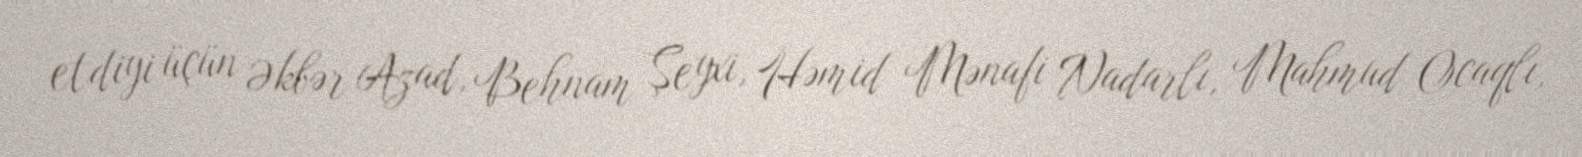
etdiyi üçün Əkbər Azad, Behnam Şeyxi, Həmid Mənafi Nadarlı, Mahmud Ocaqlı,